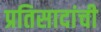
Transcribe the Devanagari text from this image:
प्रतिसादांची